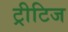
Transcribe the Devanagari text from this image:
ट्रीटिज